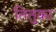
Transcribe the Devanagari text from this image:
तितुका